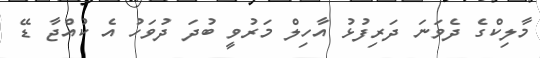
މާލިކްގެ ދެވަނަ ދަރިފުޅު އާހިލް މަރުވީ ބުދަ ދުވަހު އެ ކުއްޖާ ޑޭ